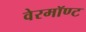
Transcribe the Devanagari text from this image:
वेरमॉण्ट